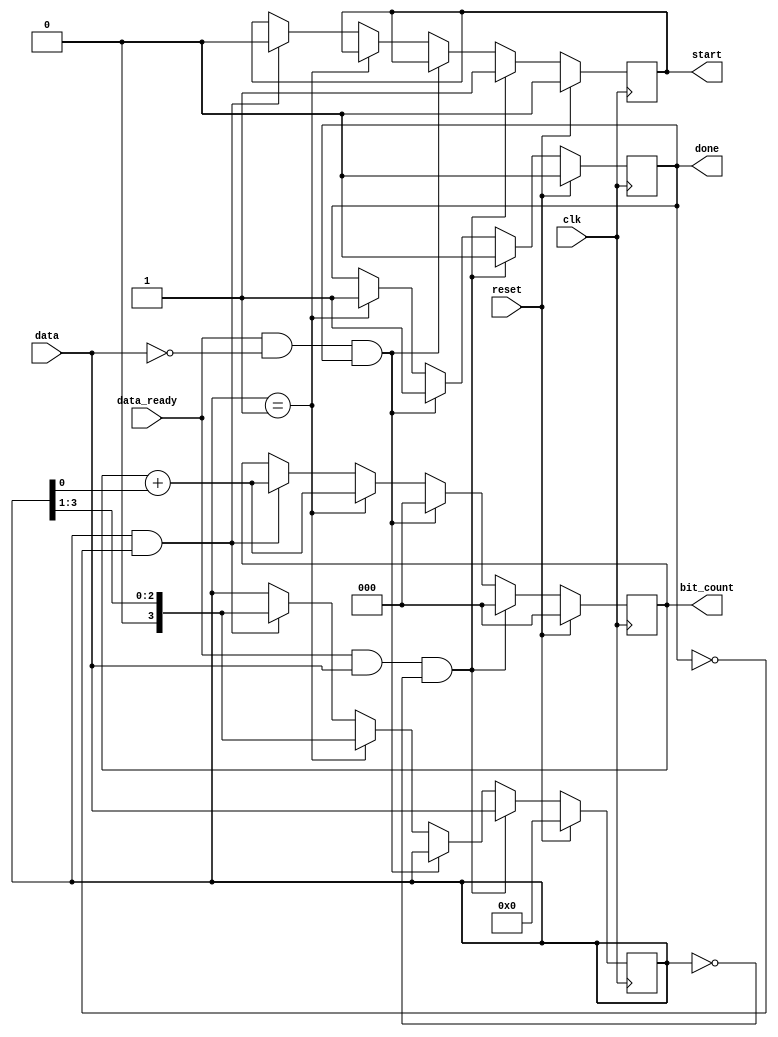
module count_ones_IMP (bit_count, start, done, data, data_ready, clk, reset);
  parameter	word_size	= 4;
  parameter	counter_size	= 3;
  parameter	state_size	= 2;
  output 		[counter_size -1 : 0]	bit_count;
  output					start, done;
  input 		[word_size-1:0] 		data;
  input 					data_ready, clk, reset;

  reg					bit_count;
  reg 	[state_size-1 :0]			state, next_state;
  reg					start, done, clear;
  reg	[word_size-1:0] 			temp;

  always @ (posedge clk) if (reset) 
    begin temp<= 0; bit_count <= 0; done <= 0; start <= 0; end
  else if (data_ready && data && !temp) 
    begin temp <= data; bit_count <= 0; done <= 0; start <= 1; end
  else if (data_ready && (!data) && done) 
    begin bit_count <= 0; done <= 1; end
  else if (temp == 1) 
    begin bit_count <= bit_count + temp[0]; temp <= temp >> 1; done <= 1; end
   else if (temp && !done) 
    begin start <= 0; temp <= temp >> 1; bit_count <= bit_count + temp[0]; end
endmodule